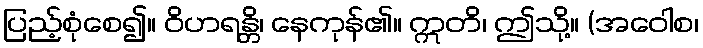
ပြည့်စုံစေ၍။ ဝိဟရန္တိ၊ နေကုန်၏။ ဣတိ၊ ဤသို့။ (အဝေါစ၊